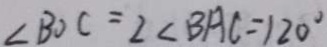
\angle B O C = 2 \angle B A C = 1 2 0 ^ { \circ }